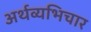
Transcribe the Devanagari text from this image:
अर्थव्यभिचार